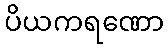
ပိယကရဏော